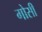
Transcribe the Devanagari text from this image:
गोसी